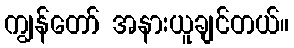
ကျွန်တော် အနားယူချင်တယ်။